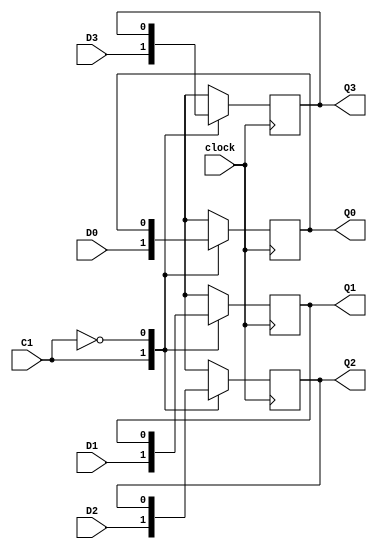
module Mreg ( Q3,Q2,Q1,Q0, D3,D2,D1,D0, clock, C1);
    input   D3,D2,D1,D0, clock, C1;
    output Q3,Q2,Q1,Q0;

    reg Q3,Q2,Q1,Q0;

    parameter 	LD    = 1'b1 , HD    = 1'b0;


    always @( posedge clock)
    begin
        case ( C1 )
            LD: begin
                {Q3, Q2, Q1, Q0}= {D3, D2, D1, D0};
            end
            HD: begin
            end
        endcase

    end
endmodule